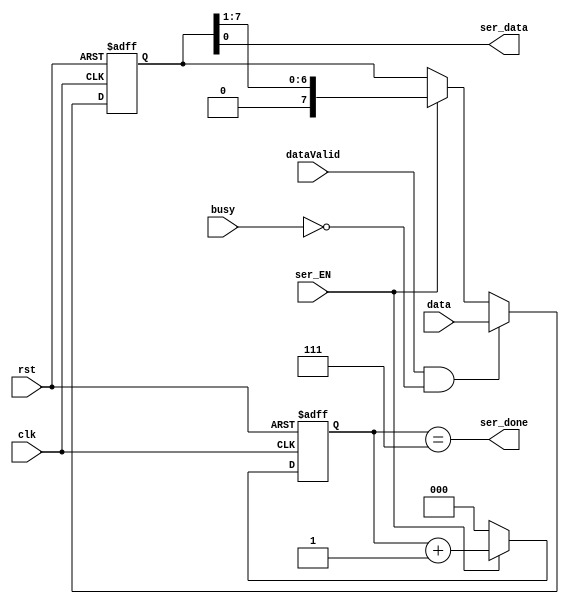
module serializer(
					input wire clk,
					input wire rst,
					input wire ser_EN,
					input wire dataValid,
					input wire busy,
					input wire[7:0] data,
					output wire ser_done,
					output  ser_data
					);
reg[2:0] count;
reg[7:0] data_reg;
always @(posedge clk or negedge rst) begin
	if(!rst) begin
		data_reg <= 8'h00;
	end
	else if(dataValid && !busy) begin
		data_reg <= data;
	end else if(ser_EN) begin
		data_reg <= data_reg >> 1;
	end
end
always @(posedge clk or negedge rst) begin
	if(!rst) begin
		 count <= 3'b000;
	end 
	else if(ser_EN) begin
		 count <= count + 1;
		 //ser_data <= data_reg[0];
	end
	else begin
		//ser_data <= 1'b0;
		count <= 3'b000;
	end
end
assign ser_done = (count == 3'b111);
assign ser_data = data_reg[0];
endmodule